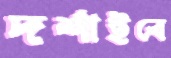
দর্শাইবে